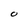
Character: O